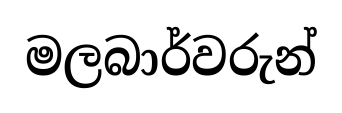
මලබාර්වරුන්